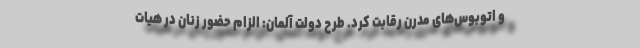
و اتوبوس‌های مُدرن رقابت کرد. طرح دولت آلمان: الزام حضور زنان در هیات